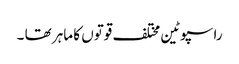
راسپوٹین مختلف قوتوں کا ماہر تھا ۔